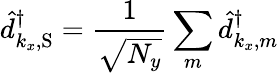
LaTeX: \hat{d}_{k_{x},\mathrm{S}}^{\dagger}=\frac{1}{\sqrt{N_{y}}}\sum_{m}\hat{d}_{k_{x},m}^{\dagger}